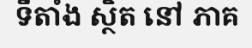
ទីតាំង ស្ថិត នៅ ភាគ